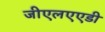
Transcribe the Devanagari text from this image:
जीएलएएडी